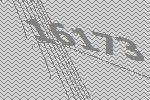
16173